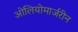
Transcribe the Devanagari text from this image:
ओलियोमार्जरीन